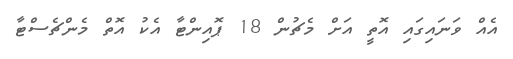
އެއް ވަނައިގައި އޮތީ އަށް މެޗުން 18 ޕޮއިންޓާ އެކު އޮތް މެންޗެސްޓާ